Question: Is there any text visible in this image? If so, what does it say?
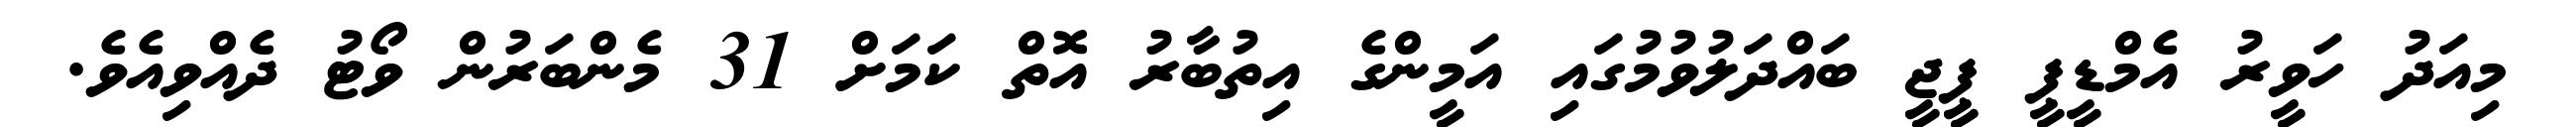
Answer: މިއަދު ހަވީރު އެމްޑީޕީ ޕީޖީ ބައްދަލުވުމުގައި އަމީންގެ އިތުބާރު އޮތް ކަމަށް 31 މެންބަރުން ވޯޓު ދެއްވިއެވެ.